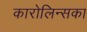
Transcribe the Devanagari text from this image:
कारोलिन्सका